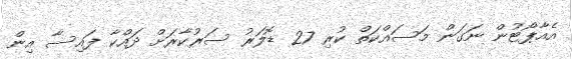
އެއާޕޯޓުން ނަގަން މަސައްކަތް ކުރި 27 ޑޮލަރު ސަރުކާރަށް ދައްކާ ފައިސާ އިން